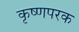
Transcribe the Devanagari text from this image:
कृष्णपरक